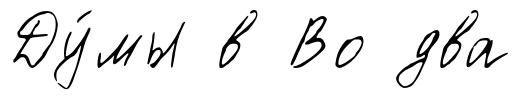
Ду́мы в Во два